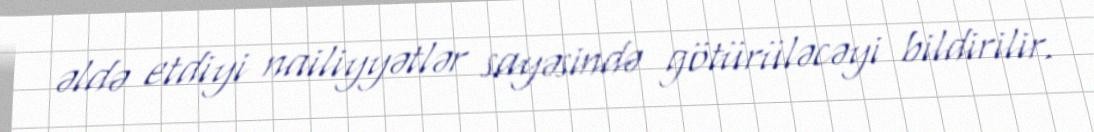
əldə etdiyi nailiyyətlər sayəsində götürüləcəyi bildirilir.